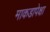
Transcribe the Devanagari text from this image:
माकडापेक्षा